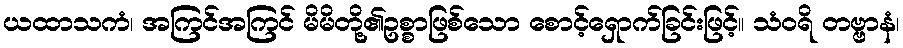
ယထာသကံ၊ အကြင်အကြင် မိမိတို့၏ဥစ္စာဖြစ်သော စောင့်ရှောက်ခြင်းဖြင့်။ သံဝရိ တဗ္ဗာနံ၊